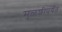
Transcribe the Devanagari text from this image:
मुळशीपर्यंत